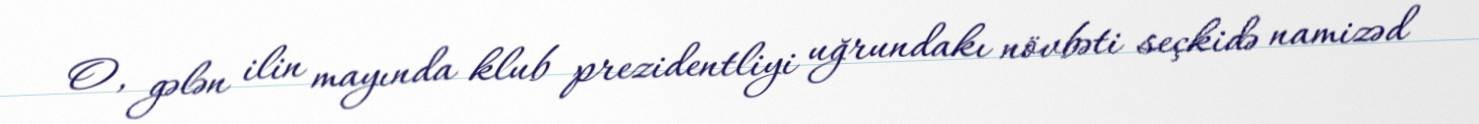
O, gələn ilin mayında klub prezidentliyi uğrundakı növbəti seçkidə namizəd